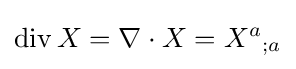
\operatorname {div} X=\nabla \cdot X={X^{a}}_{;a}